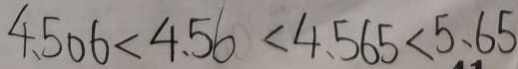
4 . 5 0 6 < 4 . 5 6 < 4 . 5 6 5 < 5 . 6 5